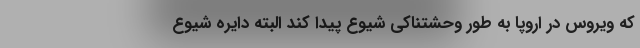
که ویروس در اروپا به طور وحشتناکی شیوع پیدا کند البته دایره شیوع